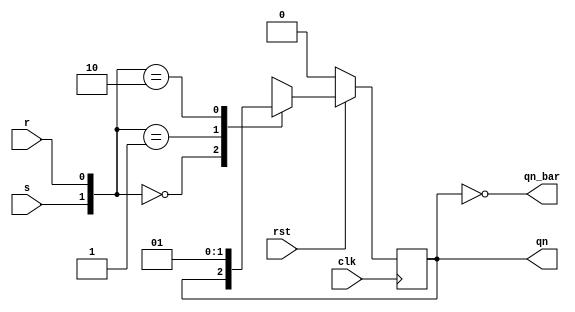
`timescale 1ns / 1ps
//////////////////////////////////////////////////////////////////////////////////
// Company: 
// Engineer: 
// 
// Design Name: 
// Module Name: SR_FF
// Project Name: 
// Target Devices: 
// Tool Versions: 
// Description: 
// 
// Dependencies: 
// 
// Revision:
// Revision 0.01 - File Created
// Additional Comments:
// 
//////////////////////////////////////////////////////////////////////////////////


module SR_FF(
input s,
    input r,clk,rst,
    output reg qn,
    output qn_bar
    );
    always@(posedge clk)
    begin 
    if(!rst) 
    begin 
    qn=0;
    end
    else 
    begin
    case({s,r}) 
    2'b00:qn=qn;
    2'b01:qn=1'b0;
    2'b10:qn=1'b1;
    2'b11:qn=1'bX;
    endcase
    end
    end
    assign qn_bar=~qn;
    
endmodule